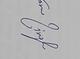
Signature authenticity: genuine